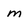
Character: m